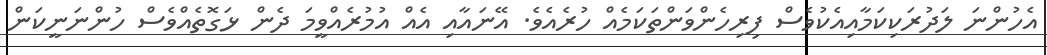
އެހުންނަ ލަދުރަކިކަމާއިއެކުވެސް ފިރިހެންވަންތަކަމެއް ހުރެއެވެ. އޭނައާއި އެއް އުމުރެއްވީމަ ދެން ޅަގޮތެއްވެސް ހުންނަނީކަން